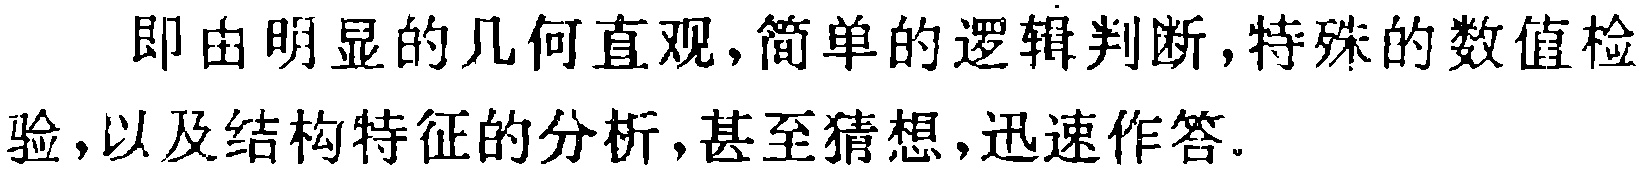
即由明显的几何直观,简单的逻辑判断,特殊的数值检验,以及结构特征的分析,甚至猜想,迅速作答.